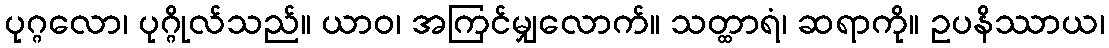
ပုဂ္ဂလော၊ ပုဂ္ဂိုလ်သည်။ ယာဝ၊ အကြင်မျှလောက်။ သတ္ထာရံ၊ ဆရာကို။ ဥပနိဿာယ၊